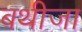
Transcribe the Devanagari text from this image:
बथीजा